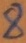
Text: 8